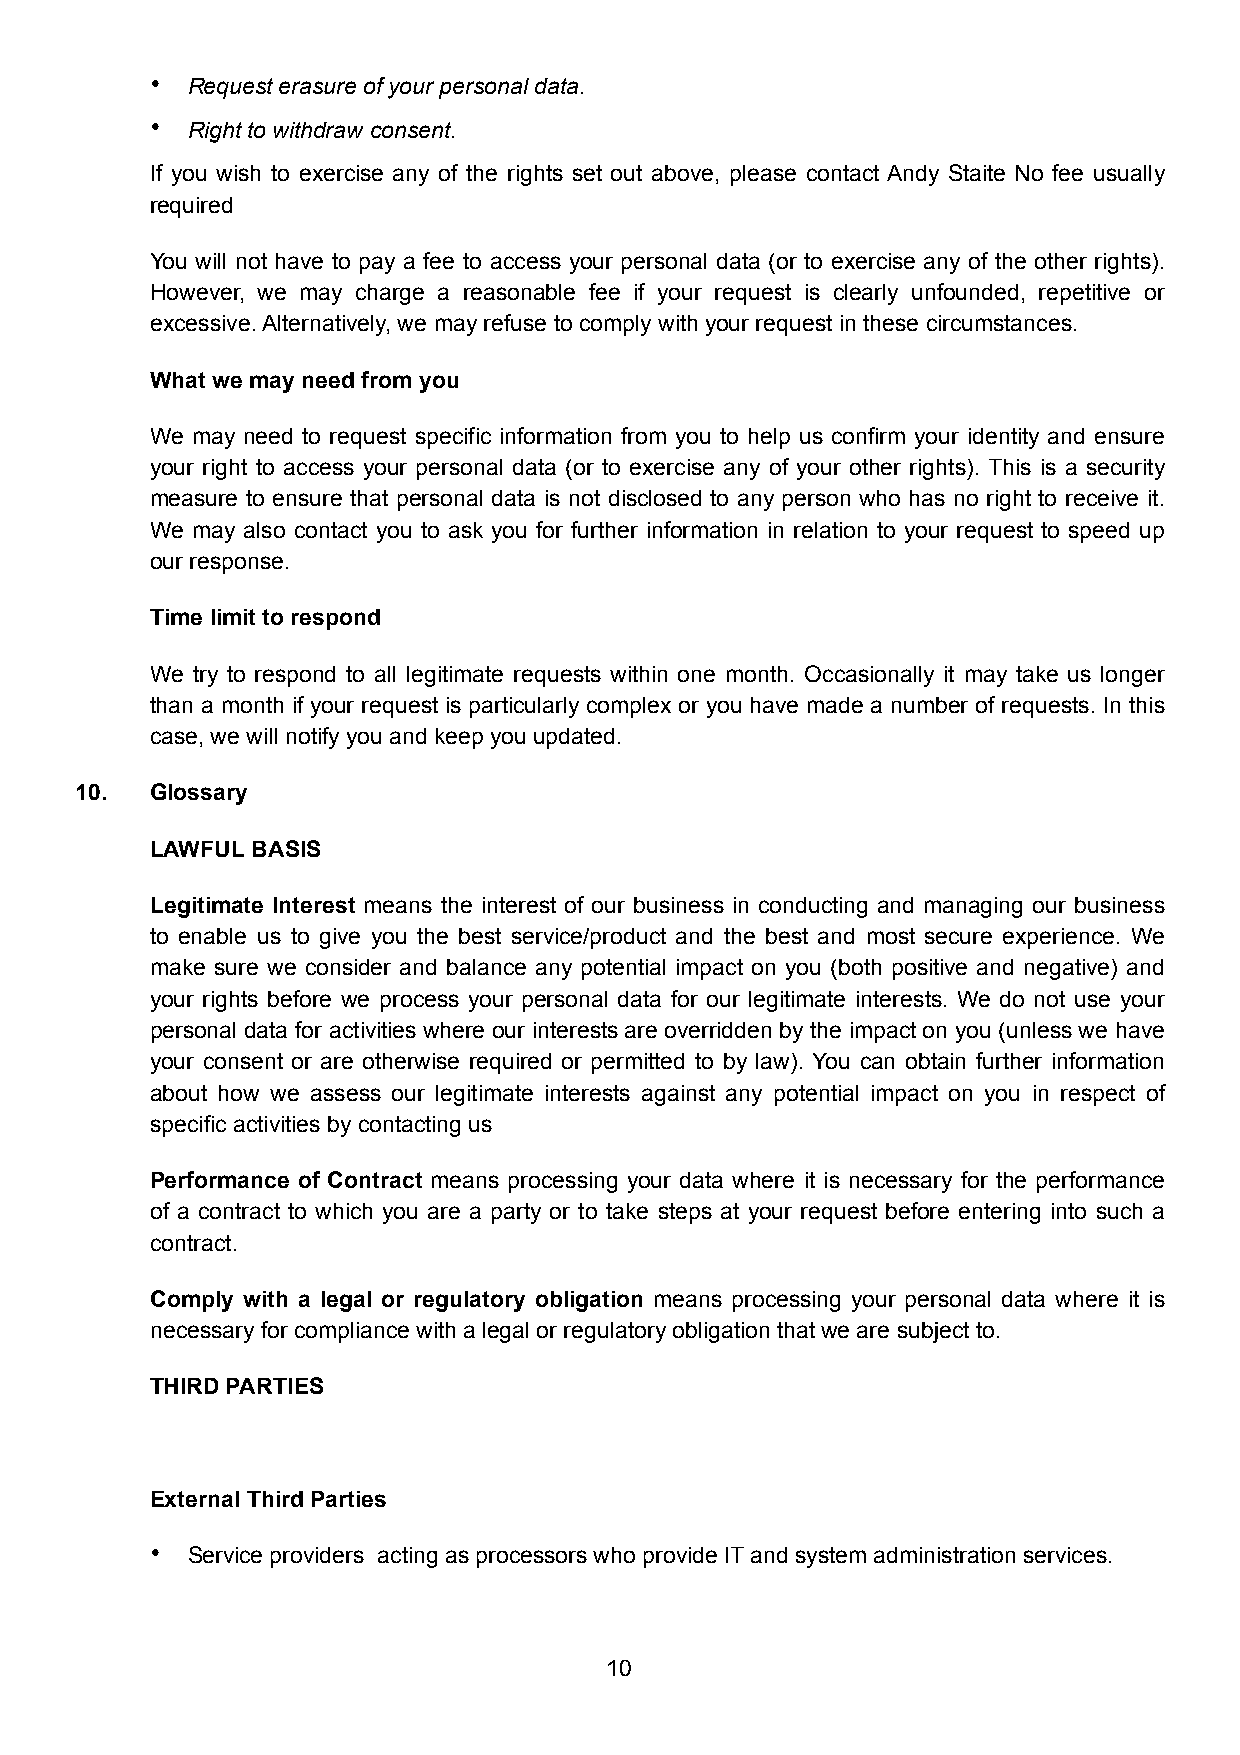
• Request erasure of your personal data.
 • Right to withdraw consent.
 If you wish to exercise any of the rights set out above, please contact Andy Staite No fee usually
 required
 You will not have to pay a fee to access your personal data (or to exercise any of the other rights).
 However, we may charge a reasonable fee if your request is clearly unfounded, repetitive or
 excessive. Alternatively, we may refuse to comply with your request in these circumstances.
 What we may need from you
 We may need to request specific information from you to help us confirm your identity and ensure
 your right to access your personal data (or to exercise any of your other rights). This is a security
 measure to ensure that personal data is not disclosed to any person who has no right to receive it.
 We may also contact you to ask you for further information in relation to your request to speed up
 our response.
 Time limit to respond
 We try to respond to all legitimate requests within one month. Occasionally it may take us longer
 than a month if your request is particularly complex or you have made a number of requests. In this
 case, we will notify you and keep you updated.
 10.  Glossary
 LAWFUL BASIS
 Legitimate Interest means the interest of our business in conducting and managing our business
 to enable us to give you the best service/product and the best and most secure experience. We
 make sure we consider and balance any potential impact on you (both positive and negative) and
 your rights before we process your personal data for our legitimate interests. We do not use your
 personal data for activities where our interests are overridden by the impact on you (unless we have
 your consent or are otherwise required or permitted to by law). You can obtain further information
 about how we assess our legitimate interests against any potential impact on you in respect of
 specific activities by contacting us
 Performance of Contract means processing your data where it is necessary for the performance
 of a contract to which you are a party or to take steps at your request before entering into such a
 contract.
 Comply with a legal or regulatory obligation means processing your personal data where it is
 necessary for compliance with a legal or regulatory obligation that we are subject to.
 THIRD PARTIES
 External Third Parties
 • Service providers acting as processors who provide IT and system administration services.
 !10